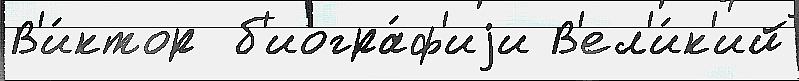
В'и́ктор  б'иогра́ф'иjи В'ел'и́к'ий